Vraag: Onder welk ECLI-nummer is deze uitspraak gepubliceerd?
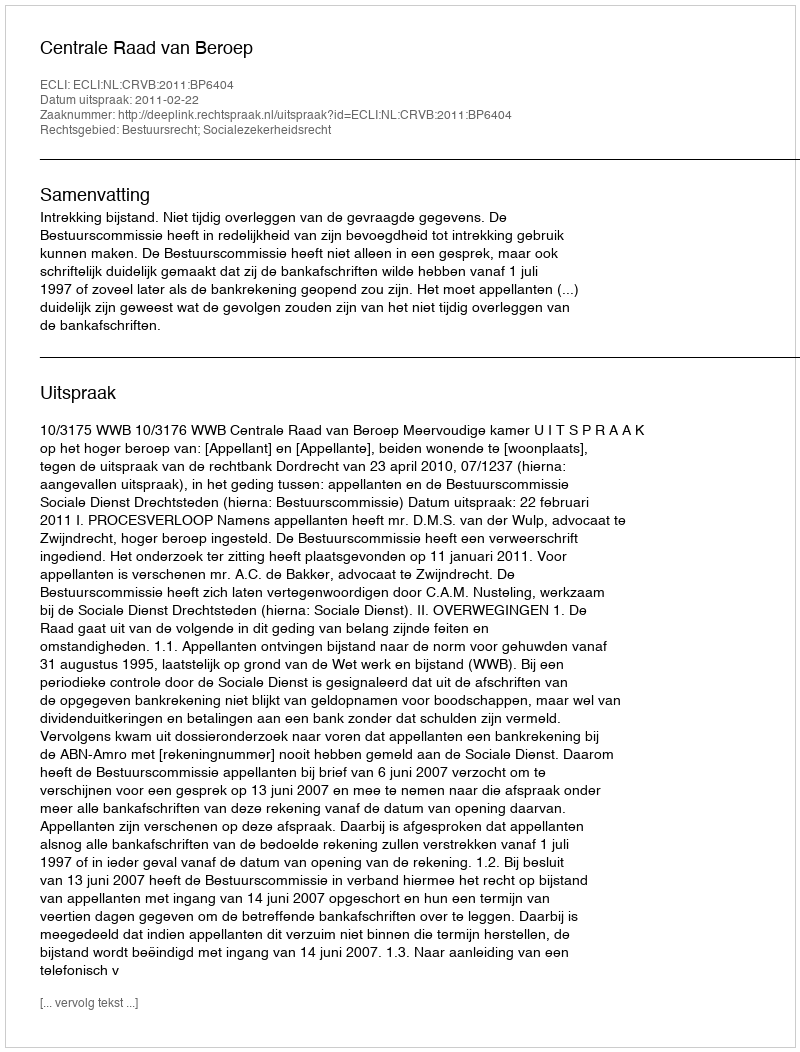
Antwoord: ECLI:NL:CRVB:2011:BP6404